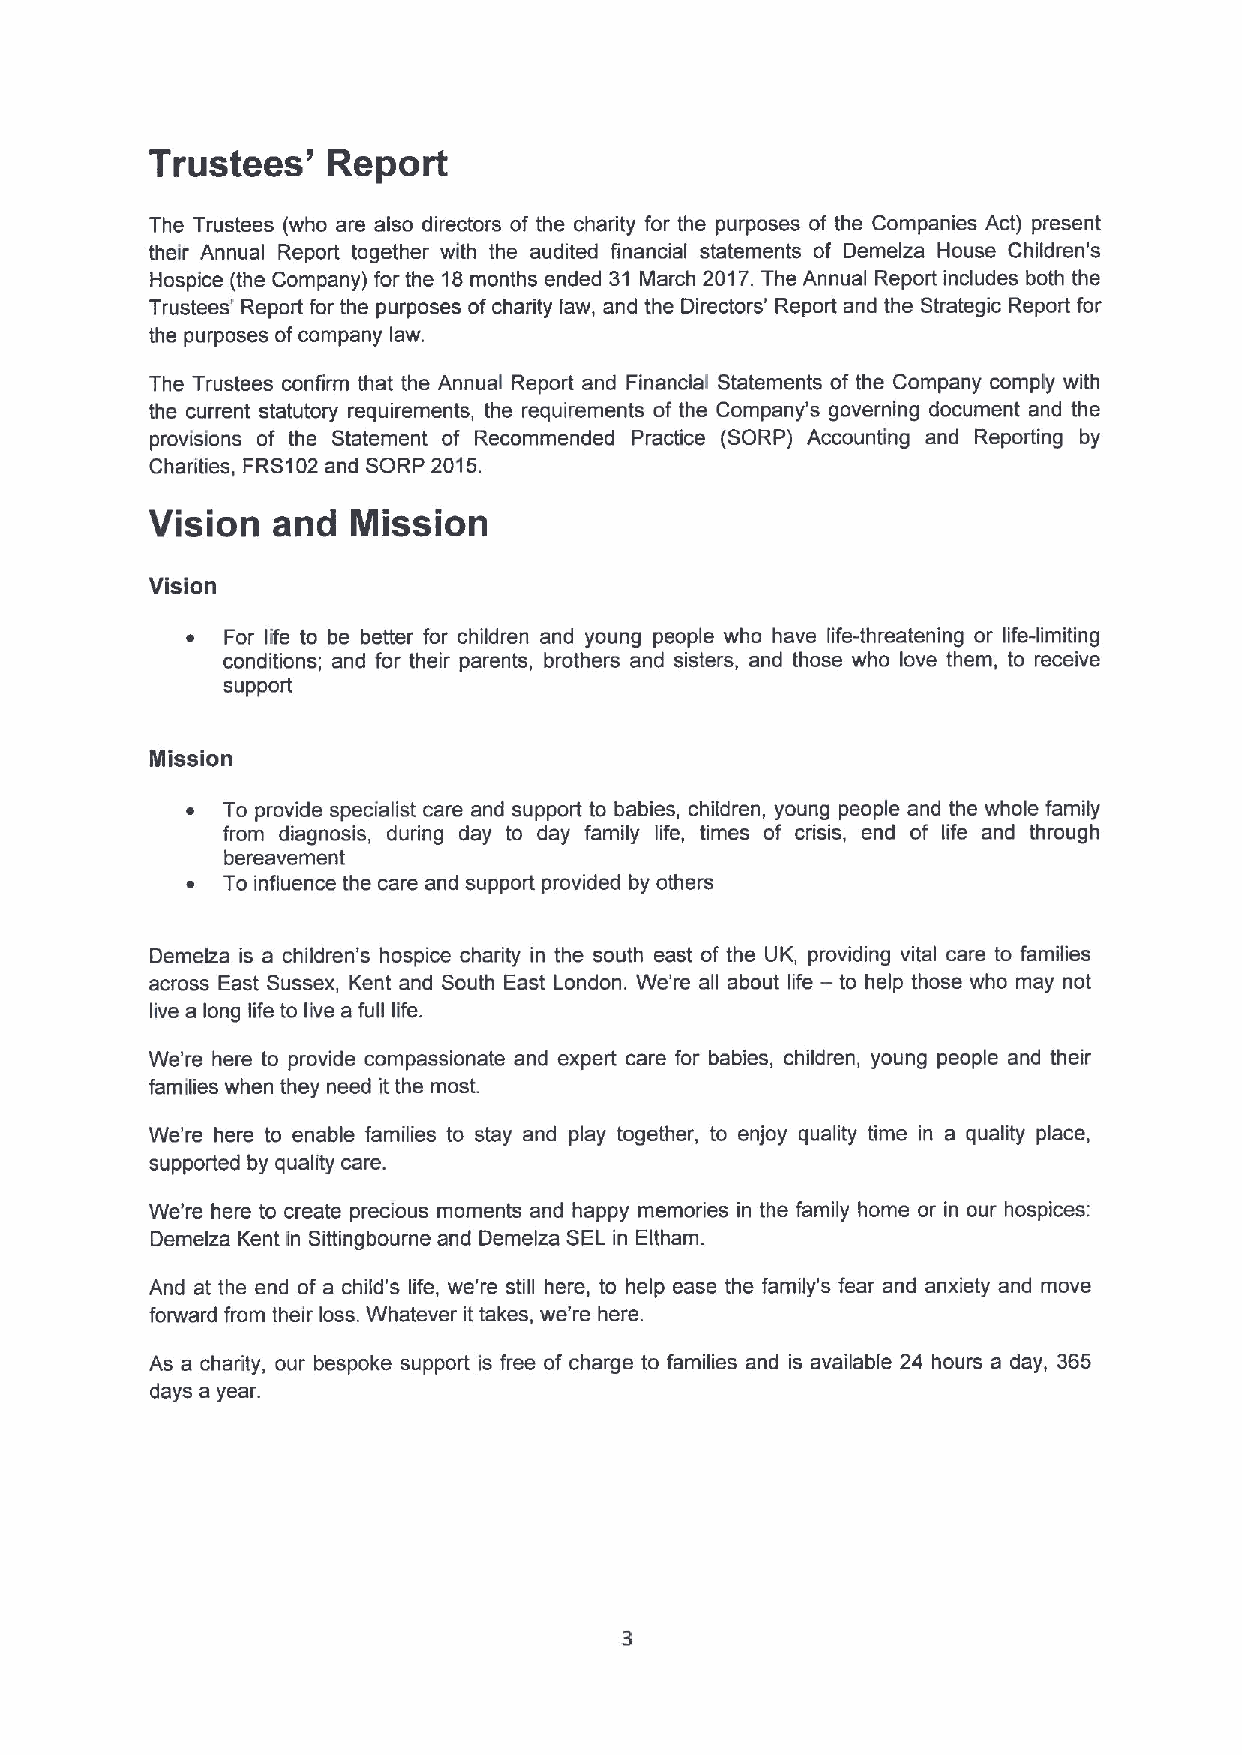
Trustees'   Report
 The Trustees (who are also directors of the charity for the purposes of the Companies Act) present
 their Annual Report together with the audited financial statements of Demelza House Children' s
 Hospice (the Company) for the 18months ended 31 March 2017.The Annual Report includes both the
 Trustees' Report for the purposes ofcharity law, and the Directors' Report and the Strategic Report for
 the purposes ofcompany law.
 The Trustees confirm that the Annual Report and Financial Statements of the Company comply with
 the current statutory requirements, the requirements of the Company's governing document and the
 provisions of the Statement of Recommended Practice (SORP) Accounting and Reporting by
 Charities, FRS102and SORP 2015.
 Vision  and  Mission
 Vision
 ~  For life to be better for children and young people who have life-threatening or life-limiting
 conditions; and for their parents, brothers and sisters, and those who love them, to receive
 support
 Nlisslon
 ~  To provide specialist care and support to babies, children, young people and the whole family
 from diagnosis, during day to day family life, times of crisis, end of life and through
 bereavement
 ~  To influence the care and support provided by others
 Demelza is a children's hospice charity in the south east of the UK, providing vital care to families
 across East Sussex, Kent and South East London. We're all about life — to help those who may not
 live a long life to live a full life.
 We're here to provide compassionate and expert care for babies, children, young people and their
 families when they need itthe most.
 We're here to enable families to stay and play together, to enjoy quality time in a quality place,
 supported by quality care.
 We're here to create precious moments and happy memories in the family home or in our hospices:
 Demelza Kent in Sittingbourne and Demelza SELin Eltham.
 And at the end of a child's life, we're still here, to help ease the family's fear and anxiety and move
 forward from their loss. Whatever it takes, we're here.
 As a charity, our bespoke support is free of charge to families and is available 24 hours a day, 365
 days a year.